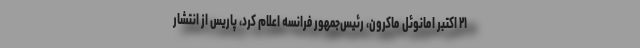
۲۱ اکتبر امانوئل ماکرون، رئیس‌جمهور فرانسه اعلام کرد، پاریس از انتشار